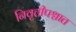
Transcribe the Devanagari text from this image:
निवृत्तीपश्चात